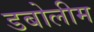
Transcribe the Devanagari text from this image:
डबोलीम